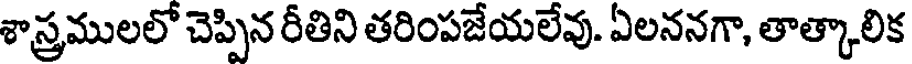
శాస్త్రములలో చెప్పిన రీతిని తరింపజేయలేవు. ఏలననగా, తాత్కాలిక